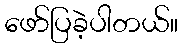
ဖော်ပြခဲ့ပါတယ်။